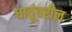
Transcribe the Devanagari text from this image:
धातूंवरील